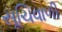
સૂચિવાળી